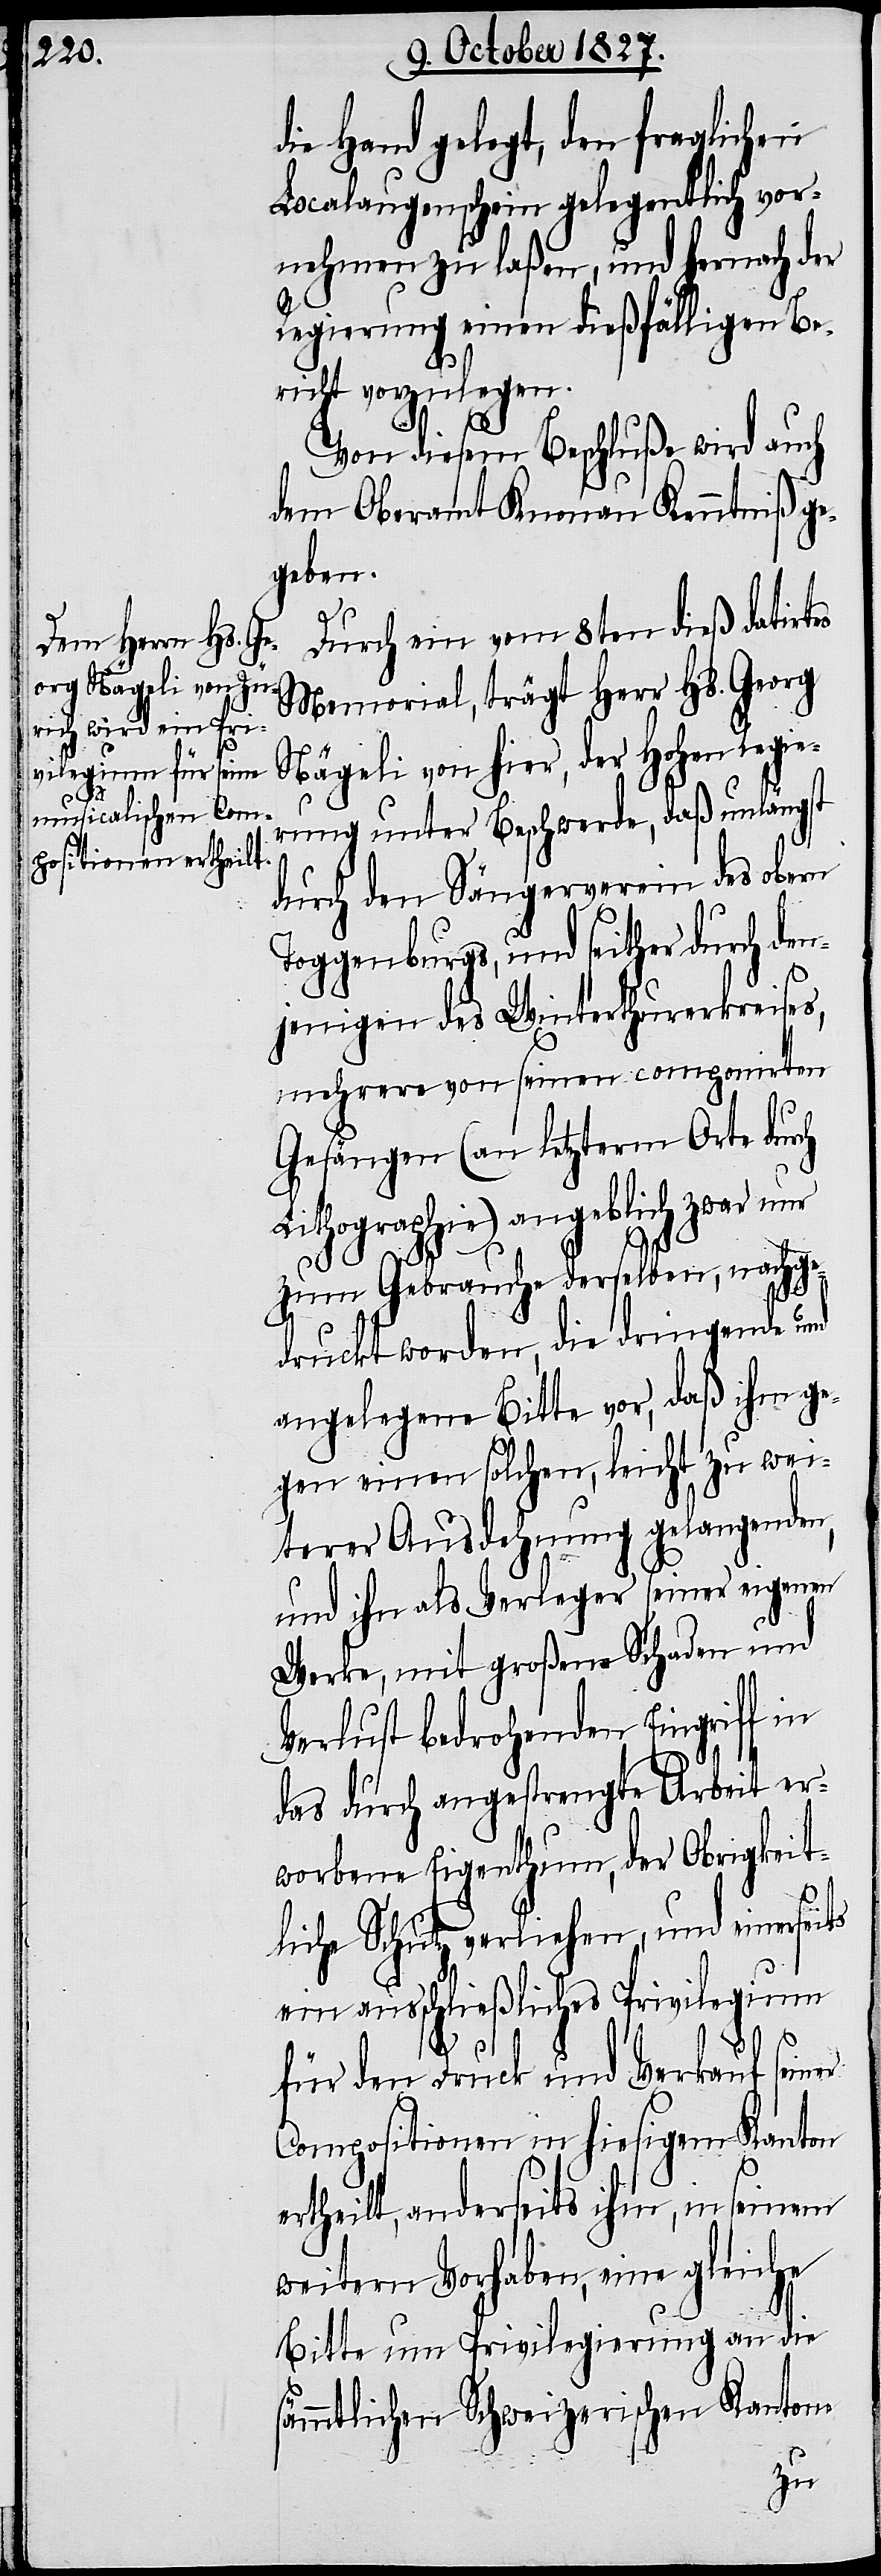
die Hand gelegt, den fraglichen
Localaugenschein gelegentlich vor¬
nehmen zu laßen, und hernach der
Regierung einen dießfälligen Be¬
richt vorzulegen.
Von diesem Beschluße wird auch
dem Oberamt Knonau Kenntniß ge¬
geben.
Durch ein vom 8ten dieß datirtes
Memorial, trägt Herr Hs. Georg
Nägeli von hier, der Hohen Regie¬
rung unter Beschwerde, daß unlängst
durch den Sängerverein des obern
Toggenburgs, und seither durch den¬
jenigen des Winterthurerkreises,
mehrere von seinen componirten
Gesängen (an letzterm Orte durch
Lithographie) angeblich zwar nur
zum Gebrauche derselben, nachge¬
s¬
druckt worden, die dringende und
angelegene Bitte vor, daß ihm ge¬
gen einen solchen, leicht zu wei¬
terer Ausdehnung gelangenden,
und ihn als Verleger seiner eigenen
Werke, mit großem Schaden und
Verlust bedrohenden Eingriff in
das durch angestrengte Arbeit er¬
worbene Eigenthum, der Obrigkeit¬
liche Schutz verliehen, und seinerseits
ein ausschließliches Privilegium
für den Druck und Verkauf seiner
Compositionen in hiesigem Kanton
ertheilt, anderseits ihm, in seinem
weitern Vorhaben, eine gleiche
Bitte um Privilegierung an die
ämmtlichen Schweizerischen Kantone